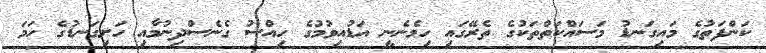
ކަންފަތުގެ މައިގަނޑު މަސައްކަތްތަކުގެ ތެރޭގައި ހިމެނެނީ އަޑުއިވުމުގެ ހިއްސު ގެނެސްދިނުމާއި ހަށިގަނޑުގެ ހަމަ